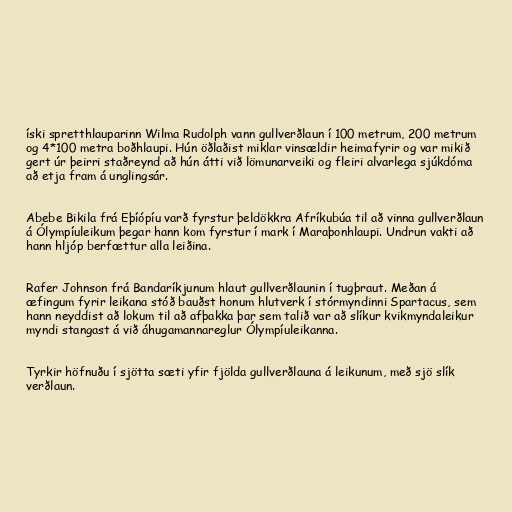
íski spretthlauparinn Wilma Rudolph vann gullverðlaun í 100 metrum, 200 metrum
og 4*100 metra boðhlaupi. Hún öðlaðist miklar vinsældir heimafyrir og var mikið
gert úr þeirri staðreynd að hún átti við lömunarveiki og fleiri alvarlega sjúkdóma
að etja fram á unglingsár.

Abebe Bikila frá Eþíópíu varð fyrstur þeldökkra Afríkubúa til að vinna gullverðlaun
á Ólympíuleikum þegar hann kom fyrstur í mark í Maraþonhlaupi. Undrun vakti að
hann hljóp berfættur alla leiðina.

Rafer Johnson frá Bandaríkjunum hlaut gullverðlaunin í tugþraut. Meðan á
æfingum fyrir leikana stóð bauðst honum hlutverk í stórmyndinni Spartacus, sem
hann neyddist að lokum til að afþakka þar sem talið var að slíkur kvikmyndaleikur
myndi stangast á við áhugamannareglur Ólympíuleikanna.

Tyrkir höfnuðu í sjötta sæti yfir fjölda gullverðlauna á leikunum, með sjö slík
verðlaun.